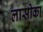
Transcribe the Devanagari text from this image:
लासीका